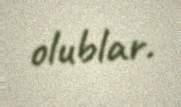
olublar.